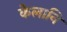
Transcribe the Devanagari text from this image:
केलानि